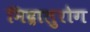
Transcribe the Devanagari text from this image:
निद्रालुरोग